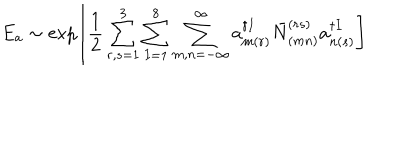
LaTeX: E _ { a } \sim \exp \left[ \frac { 1 } { 2 } \sum _ { r , s = 1 } ^ { 3 } \sum _ { I = 1 } ^ { 8 } \sum _ { m , n = - \infty } ^ { \infty } a _ { m ( r ) } ^ { \dagger I } \bar { N } _ { ( m n ) } ^ { ( r s ) } a _ { n ( s ) } ^ { \dagger I } \right]